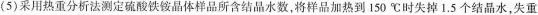
(5)采用热重分析法测定硫酸铁铵晶体样品所含结晶水数，将样品加热到150℃时失掉1.5 个结晶水，失重